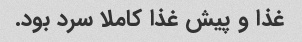
غذا و پیش غذا کاملا سرد بود.